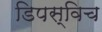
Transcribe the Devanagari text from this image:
डिपस्विच